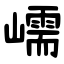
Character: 嶿